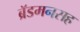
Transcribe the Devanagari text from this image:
ब्रॅडमनसह